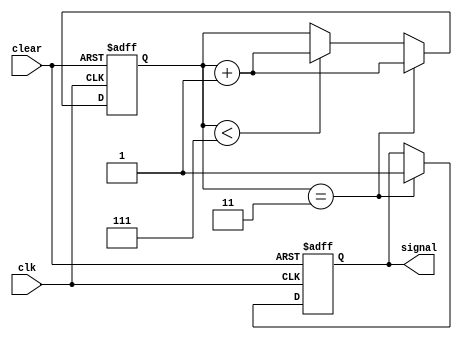
module counter_non_recycling(
    input clk,
    input clear,
    output reg signal
);

    reg [2:0] counter;

    always @(posedge clk or posedge clear) begin
        if (clear) begin
            counter = 3'b000;
            signal = 1'b0;
        end

        else
            if (counter == 3'b011) begin
                signal = 1'b1;
                counter = counter + 1'b1;
            end

            else if (counter < 3'b111) begin
                counter = counter + 1'b1;
            end
        
    end
    
endmodule